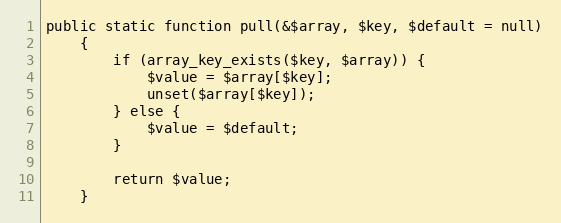
Language: PHP
public static function pull(&$array, $key, $default = null)
    {
        if (array_key_exists($key, $array)) {
            $value = $array[$key];
            unset($array[$key]);
        } else {
            $value = $default;
        }

        return $value;
    }